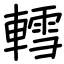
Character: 轌